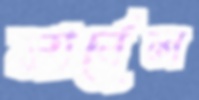
মার্বেল